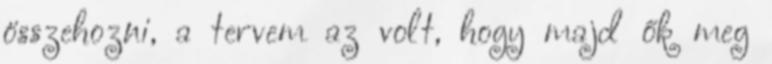
összehozni, a tervem az volt, hogy majd ők meg